system: You are a helpful assistant.
user:
Analyze the provided spectrum to determine if it is a **M-type Giant (gM)**.

A M-type Giant spectrum is defined by its **strong molecular absorption** features, particularly from **Titanium Oxide (TiO)**. You must check for one of the following mutually exclusive signatures:

- **Key Visual Indicators (Absorption-Dominated Spectrum):**

    - **(Primary):** The spectrum is dominated by strong molecular absorption from **Titanium Oxide (TiO)**. This is the **defining feature** of its M-type temperature class.
        - **(Key Bandheads):** Look for sharp, "saw-tooth" absorption valleys. The strongest are located near **~7050 Å**, **~6160 Å**, and **~5170 Å**.
        - **(Line Profile):** The "saw-tooth" morphology is critical: a **sharp, steep drop on the BLUE (short-wavelength) side** of the bandhead, followed by a gradual recovery (rising flux) towards the RED (long-wavelength) side.

    - **(Key Confirmation - Giant vs. Dwarf):** **ABSENCE** of strong **Calcium Hydride (CaH)** molecular bands. This is the primary diagnostic for *excluding* M-dwarfs.
        - **(Key Region):** The spectrum should lack the strong, broad absorption band seen in dwarfs between **~6800 Å and ~7000 Å**.

    - **(Secondary Confirmation - Giant):** A very strong and broad **Neutral Calcium (Ca I)** atomic absorption line.
        - **(Key Line):** Located at **~4226 Å**. In a giant (gM), this line is significantly deeper and broader than the same line in an M-dwarf (dM) due to low surface gravity.

    - **(Overall Spectrum):**
        - The continuum is **extremely red-sloping** (i.e., flux is very low in the blue and rises dramatically towards the red).
        - The entire spectrum appears "chopped up" by the deep TiO bands.

Think first, call **spectral_visualization_tool** if needed to examine features in detail, then provide your final answer. Your response must adhere to the following strict rules:
1.  **Overall Structure:** Your response must follow the format `<think>...</think> <tool_call>...</tool_call> (if a tool is used) <answer>...</answer>`.
2.  **Tool Usage Constraint:** You may only make **one** tool call per turn.
3.  **Final Answer Format:** In the `<answer>` tag, your conclusion must be inside a `\boxed{}` command (e.g., `\boxed{YES}` or `\boxed{NO}`), followed by your justification.

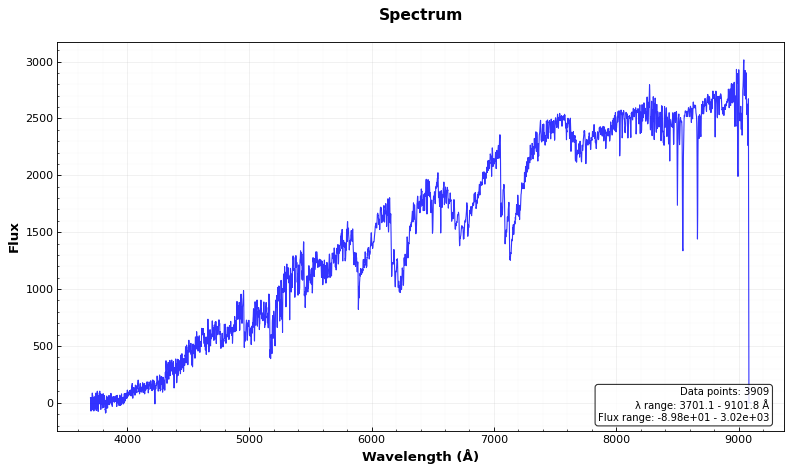
Answer: YES